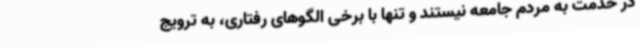
در خدمت به مردم جامعه نیستند و تنها با برخی الگوهای رفتاری، به ترویج